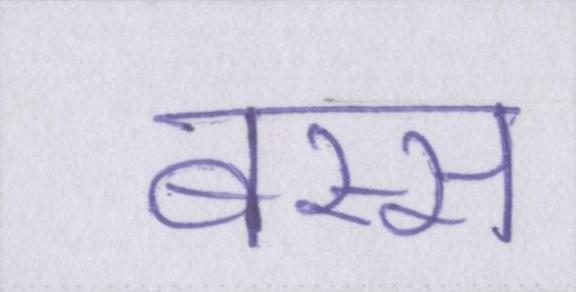
बस्स